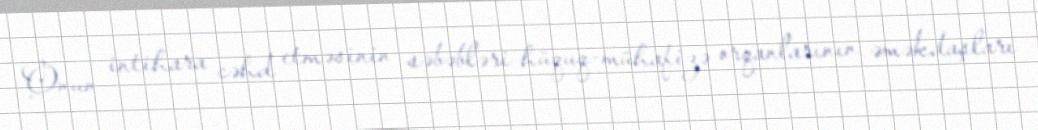
Onun intihara cəhd etməsinin səbəbləri hüquq-mühafizə orqanlarının əməkdaşları